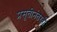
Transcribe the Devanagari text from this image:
प्रसूतीनंतरही